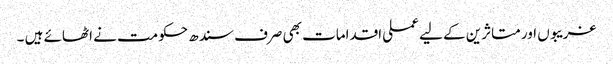
غریبوں اور متاثرین کے لیے عملی اقدامات بھی صرف سندھ حکومت نے اٹھائے ہیں ۔